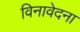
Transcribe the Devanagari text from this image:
विनावेदना